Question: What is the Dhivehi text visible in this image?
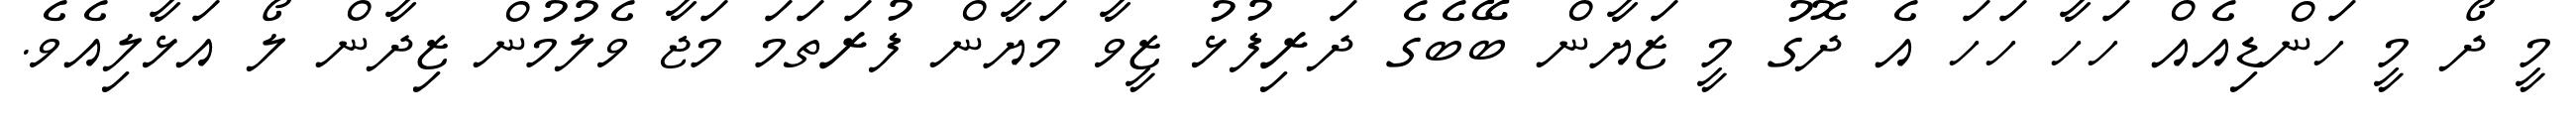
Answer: މީ ދޯ މީ ހަންޑިއެއް ހަހާ ހަހަ އެ ދޮގު މީ ޒަޔާން ބޭބެގެ ދަރިފުޅު ޒީވާ މަޔާން ފުރަތަމަ މަޖާ ވެލުމުން ޒިދާން ލޯ އަޅާލިއެވެ.